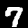
Label: 7